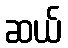
ဆယ်